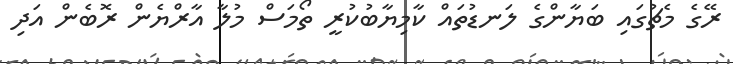
ރޭގެ މެޗުގައި ބަޔާންގެ ލަނޑުތައް ކާމިޔާބުކުރީ ތޯމަސް މުލާ އާރްޔެން ރޮބެން އަދި